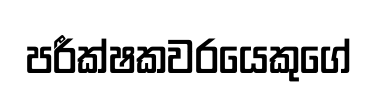
පරීක්ෂකවරයෙකුගේ